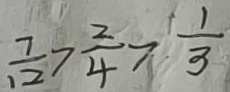
\frac { 7 } { 1 2 } > \frac { 2 } { 4 } > \frac { 1 } { 3 }